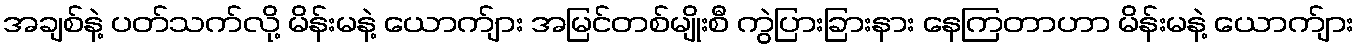
အချစ်နဲ့ ပတ်သက်လို့ မိန်းမနဲ့ ယောက်ျား အမြင်တစ်မျိုးစီ ကွဲပြားခြားနား နေကြတာဟာ မိန်းမနဲ့ ယောက်ျား